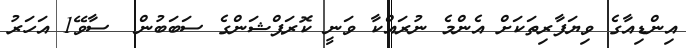
އިންޑިއާގެ ވިޔަފާރިތަކަށް އެންމެ ނުރައްކާ ވަނީ ކޮރަޕްޝަންގެ ސަބަބުން  ސާވޭ1 އަހަރު